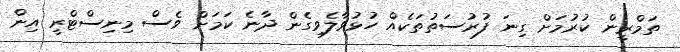
ތަމްރީން ކުރުމަށް ގިނަ ފުރުސަތުތަކެއް ހުޅުވާލެވިގެން ދާނެ ކަމަށް ވެސް މިނިސްޓްރީ އިން